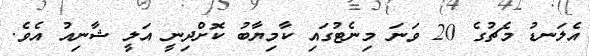
އެލަނޑު މެޗުގެ 20 ވަނަ މިނެޓުގައި ކާމިޔާބު ކޮށްދިނީ އަލީ ޝާނިއު އެވެ.